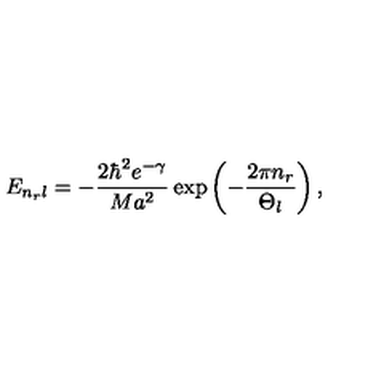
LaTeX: E _ { n _ { r } l } = - \frac { 2 \hbar ^ { 2 } e ^ { - \gamma } } { M a ^ { 2 } } \exp \left( - \frac { 2 \pi n _ { r } } { \Theta _ { l } } \right) ,